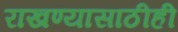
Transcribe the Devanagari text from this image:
राखण्यासाठीही